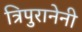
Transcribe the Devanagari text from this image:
त्रिपुरानेनी